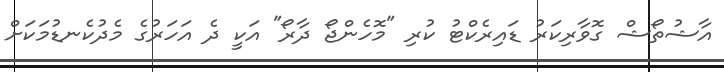
އާޝުތޯޝް ގޮވާރިކަރު ޑައިރެކްޓު ކުރި "މޮހެންޖޯ ދާރޯ" އަކީ ދެ އަހަރުގެ މެދުކެނޑުމަކަށް